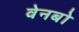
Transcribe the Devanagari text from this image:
वेनबो